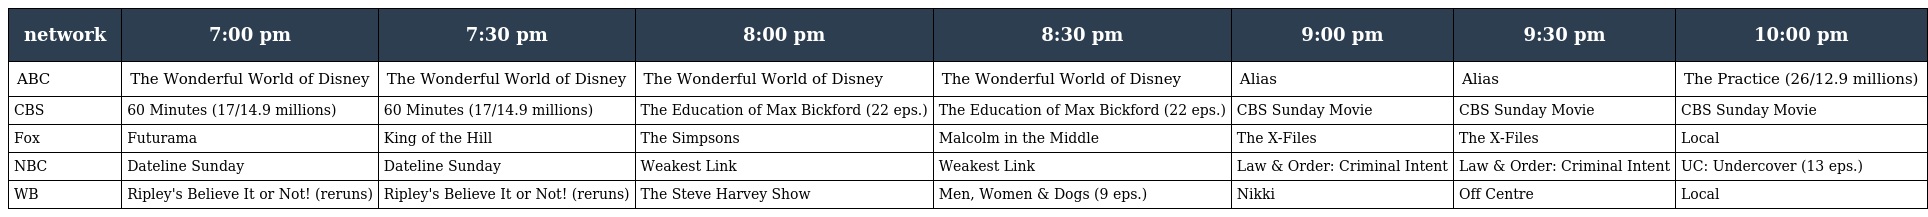
| network | 7:00 pm | 7:30 pm | 8:00 pm | 8:30 pm | 9:00 pm | 9:30 pm | 10:00 pm |
 | --- | --- | --- | --- | --- | --- | --- | --- |
 | ABC | The Wonderful World of Disney | The Wonderful World of Disney | The Wonderful World of Disney | The Wonderful World of Disney | Alias | Alias | The Practice (26/12.9 millions) |
 | CBS | 60 Minutes (17/14.9 millions) | 60 Minutes (17/14.9 millions) | The Education of Max Bickford (22 eps.) | The Education of Max Bickford (22 eps.) | CBS Sunday Movie | CBS Sunday Movie | CBS Sunday Movie |
 | Fox | Futurama | King of the Hill | The Simpsons | Malcolm in the Middle | The X-Files | The X-Files | Local |
 | NBC | Dateline Sunday | Dateline Sunday | Weakest Link | Weakest Link | Law & Order: Criminal Intent | Law & Order: Criminal Intent | UC: Undercover (13 eps.) |
 | WB | Ripley's Believe It or Not! (reruns) | Ripley's Believe It or Not! (reruns) | The Steve Harvey Show | Men, Women & Dogs (9 eps.) | Nikki | Off Centre | Local |